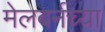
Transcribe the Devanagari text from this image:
मेलबर्नच्या